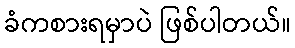
ခံကစားရမှာပဲ ဖြစ်ပါတယ်။